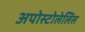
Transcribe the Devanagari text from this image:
अपोस्टोलेलिस